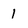
Character: 1